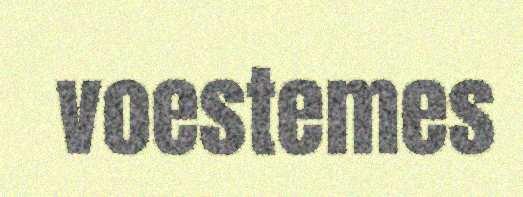
voestemes